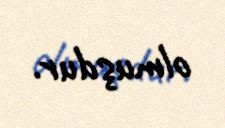
olmuşdur.